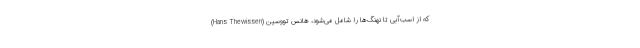
که از اسب‌آبی تا نهنگ‌ها را شامل می‌شود، هانس تووسین (Hans Thewissen)